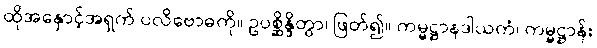
ထိုအနှောင့်အရှက် ပလိဗောဓကို။ ဥပစ္ဆိန္ဒိတွာ၊ ဖြတ်၍။ ကမ္မဋ္ဌာနဒါယကံ၊ ကမ္မဋ္ဌာန်း